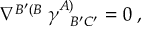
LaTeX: \nabla ^ { B ^ { \prime } ( B } \; \gamma _ { \; \; \; B ^ { \prime } C ^ { \prime } } ^ { A ) } = 0 \; ,